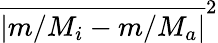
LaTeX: \overline{{|m/M_{i}-m/M_{a}|}}^{2}